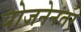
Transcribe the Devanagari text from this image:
योजनेनंतर